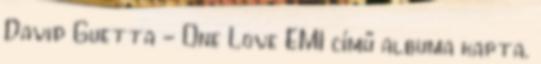
David Guetta - One Love EMI című albuma kapta.